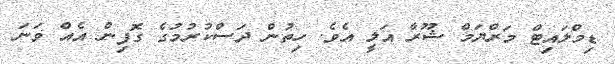
ޑިމްލައިޓް މަރްޔަމް ޝޫރާ އަލީ އެވެ. ހިތުން ދަސްކުރުމުގެ ގޮފިން އެއް ވަނަ